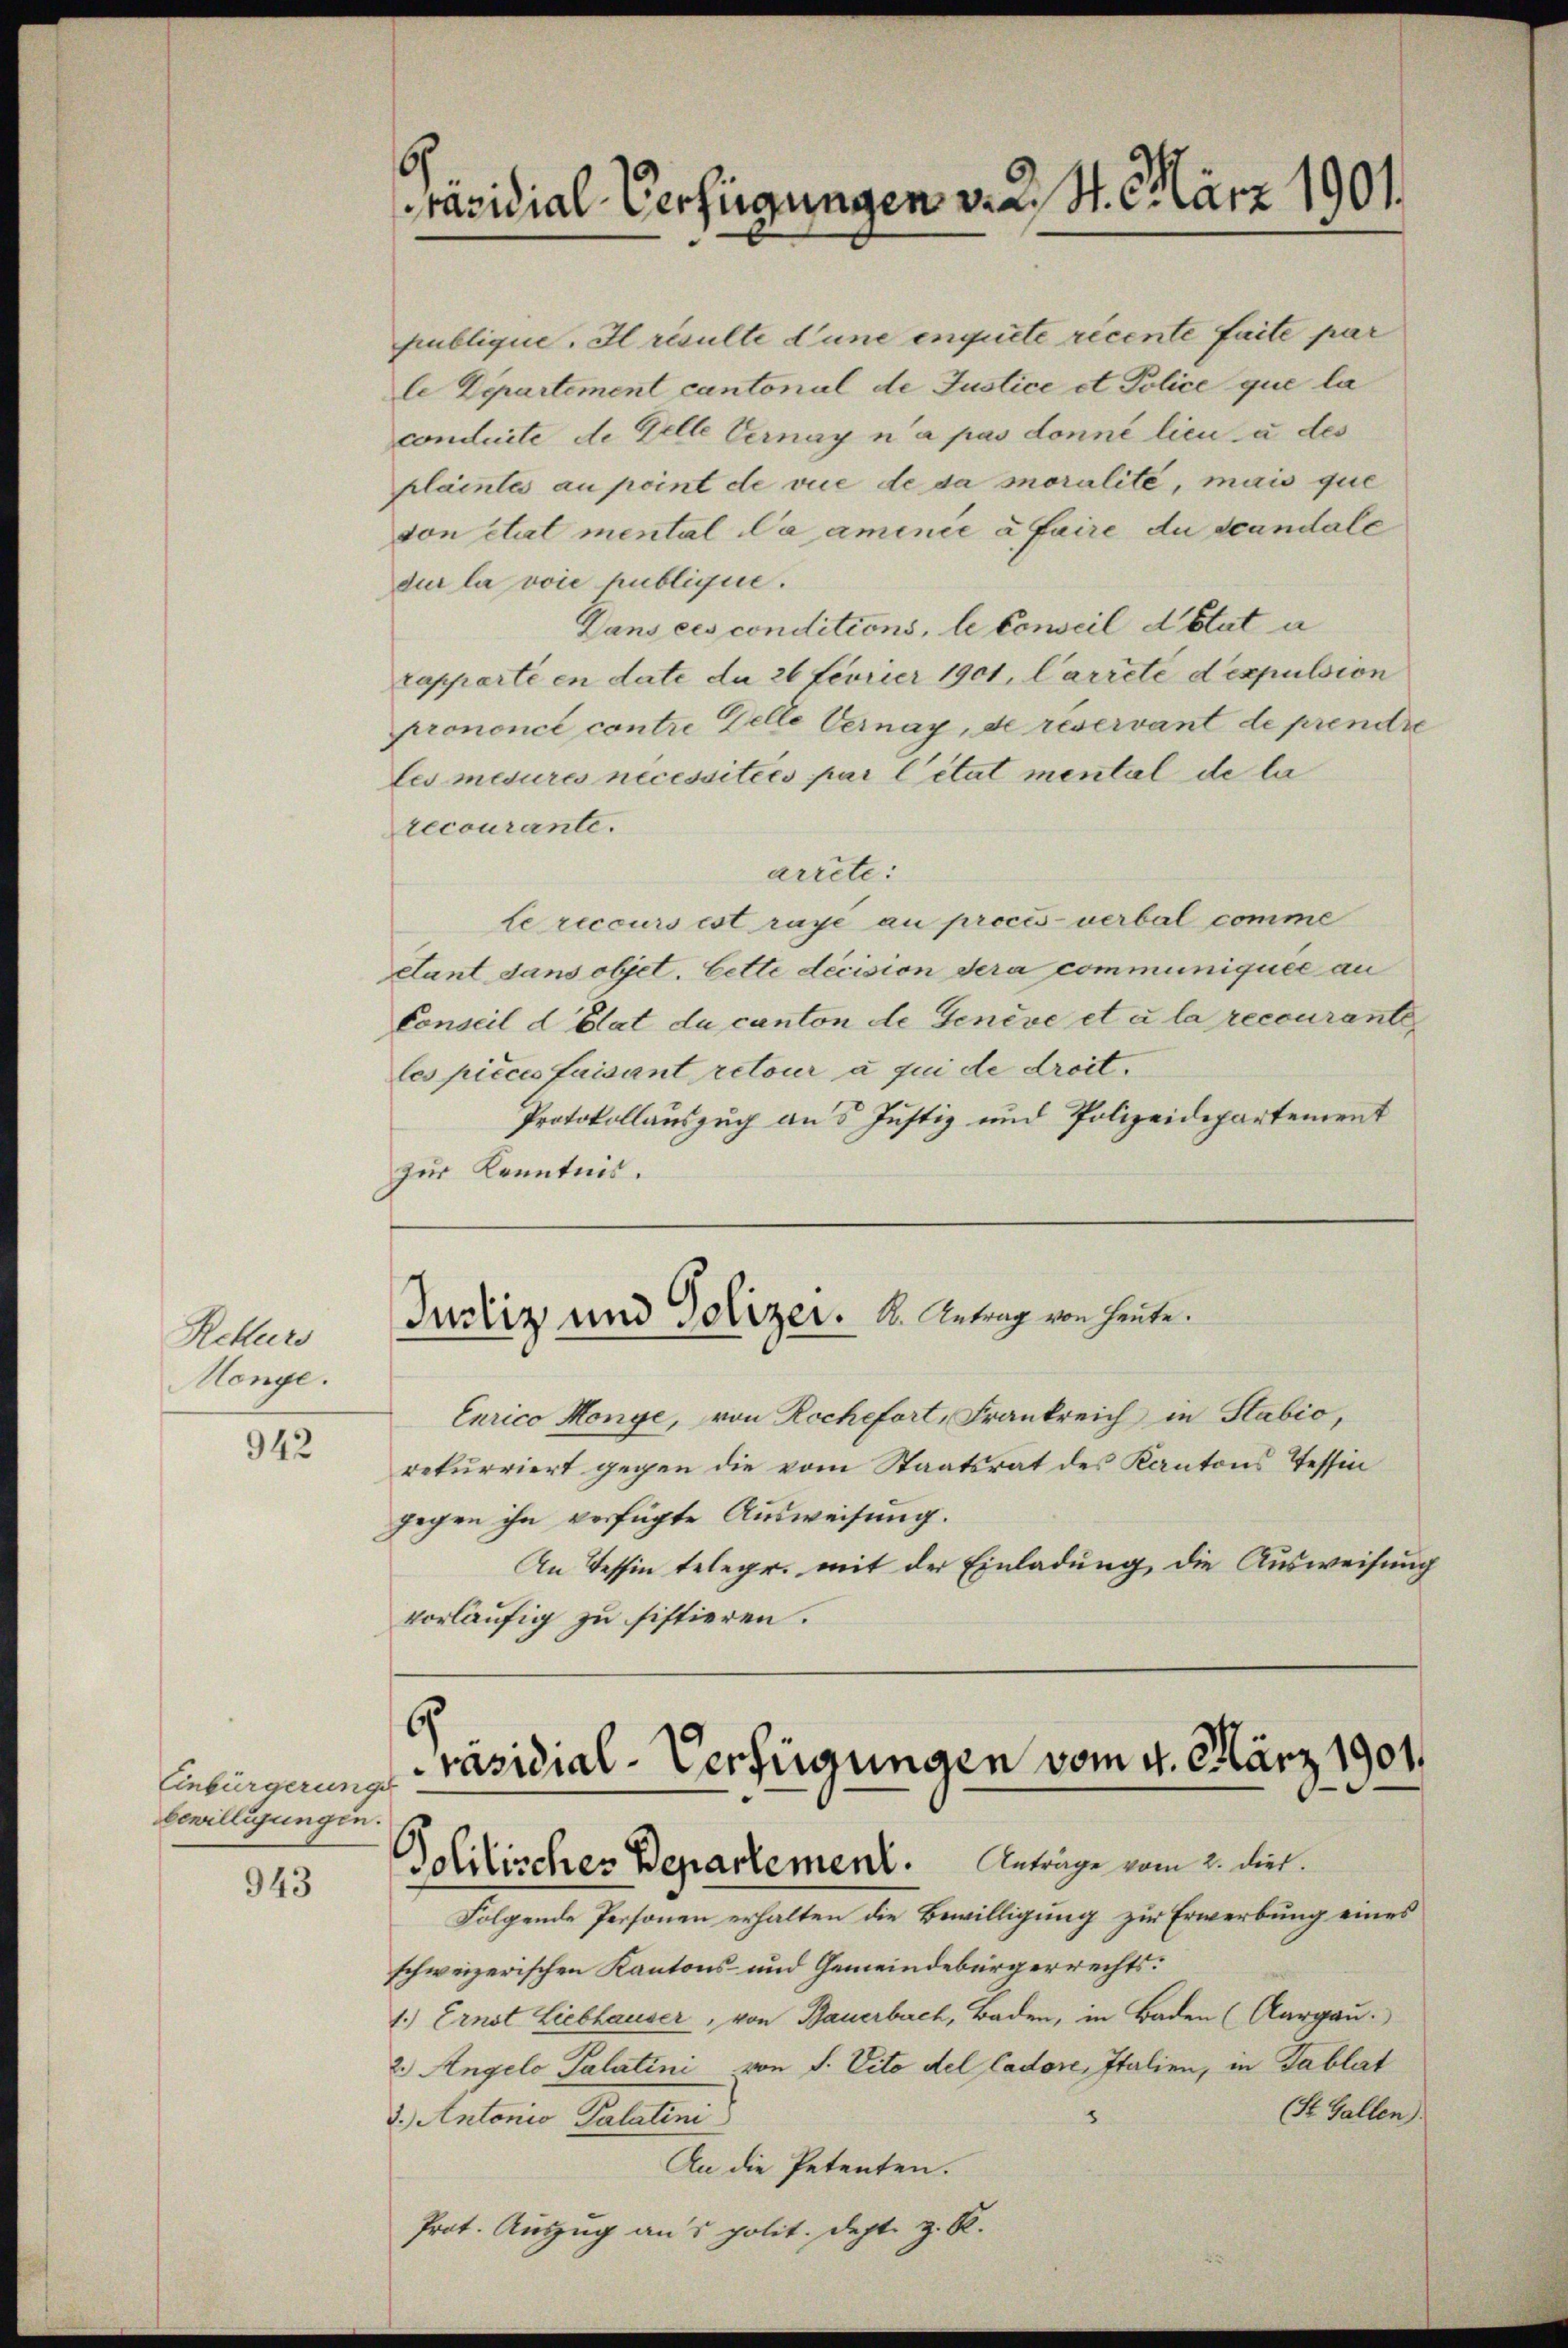
Rekurs
Monge.

942

Einbürgerungs
bewilligungen.

943

publique. Il résulte d’une enquite ricente faite par
le Departement cantonal de Justice et Police que la
concluste de Gelle Vernay n’a pas donné lieu à des
plaintes au point de vue de da moralité, mais que
ton état mental da aminie à faire du scandale
dur la voie publicire.
Dans ces conditions, le Conseil d’Etat a
rapparte en date de 26 fevrier 1901, Carreté dexpulsion
prononcé contre Delle Vernay, de reservant de prendre
Les mesures nécessitées par l’état mental de la
recourante.
arrete:
le reccurs est raye au procès-verbal comme
ctant dans objet. Cette decision sera communiquée au
Conseil d Elat da canton de Genève et à la recourante
les pièces faisant retour à qui de droit.
Protokollauszug an 5 Justiz und Polizeidepartement
zur Kenntnis.

Präsidial-Verfügungen v. 2. 4. März 1901.

Justiz und Polizer. K. Antrag von heute.

6
räsidial-Verfügungen vom 4. März 1901.
Politisches Departement. Anträge vom 2. Diet.

Curico Monye, von Rochefort, Frankreich in Stabio,
rekurriert gegen die vom Staatsrat des Kantons Tessin
gegen ihn verfügte Ausweisung.
An Tessin telegr. mit der Einladung die Ausweisung
vorläufig zu sistieren.

Folgende Personen erhalten die Bewilligung zur Erwerbung eines
schweizerischen Kantons- und Gemeindebürgerrechts:
1.) Ernst Liebhauser, von Bauerbach, Baden, in Baden (Aargau.
2.) Angelo Palatini von S. Vito del Cadore, Italien, in Tablat
(St. Gallen.
3.) Antonio Palatini
An die Petenten.
Prot. Auszug aus polit. Dept. z. R.